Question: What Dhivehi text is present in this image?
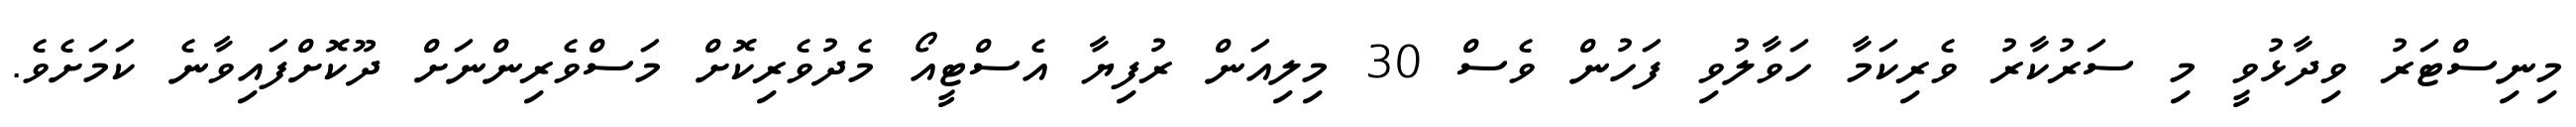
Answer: މިނިސްޓަރު ވިދާޅުވީ މި ސަރުކާރު ވެރިކަމާ ހަވާލުވި ފަހުން ވެސް 30 މިލިއަން ރުފިޔާ އެސްޓީއޯ މެދުވެރިކޮށް މަސްވެރިންނަށް ދޫކޮށްފައިވާނެ ކަމަށެވެ.